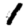
Digit: 1